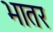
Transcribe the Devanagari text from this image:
भातर